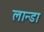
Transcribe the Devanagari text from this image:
लान्डा